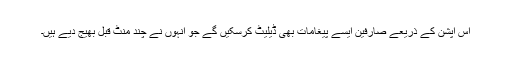
اس آپشن کے ذریعے صارفین ایسے پیغامات بھی ڈیلیٹ کرسکیں گے جو انہوں نے چند منٹ قبل بھیج دیے ہیں۔